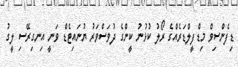
ޑިފެންސިވް މިޑްފީލްޑަރެއްގެ ރޯލު ކުޅުނު ކީންގެ ދުވަސްވަރު ޔުނައިޓެޑް ވަނީ އިނގިރޭސި ލީގު